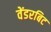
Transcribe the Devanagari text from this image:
वेंडरबिट